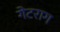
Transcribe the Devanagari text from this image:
गेटराग